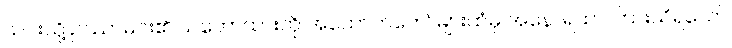
ယင်းသို့ ဥဿာမင်း၏ သဘောထားကို အထောက်တော်များထံမှ အနော်ရထာ ကြားသိရသော်